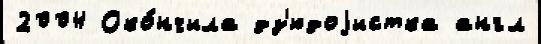
2004 Око́нчила дз'юдоjистка англ